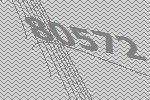
80572